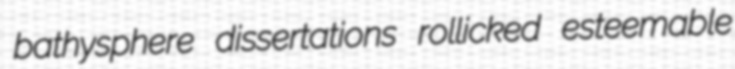
bathysphere dissertations rollicked esteemable